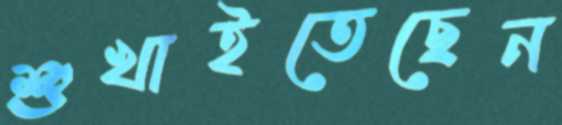
শুখাইতেছেন